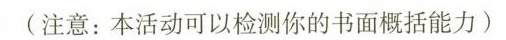
( 注意:本活动可以检测你的书面概括能力 )